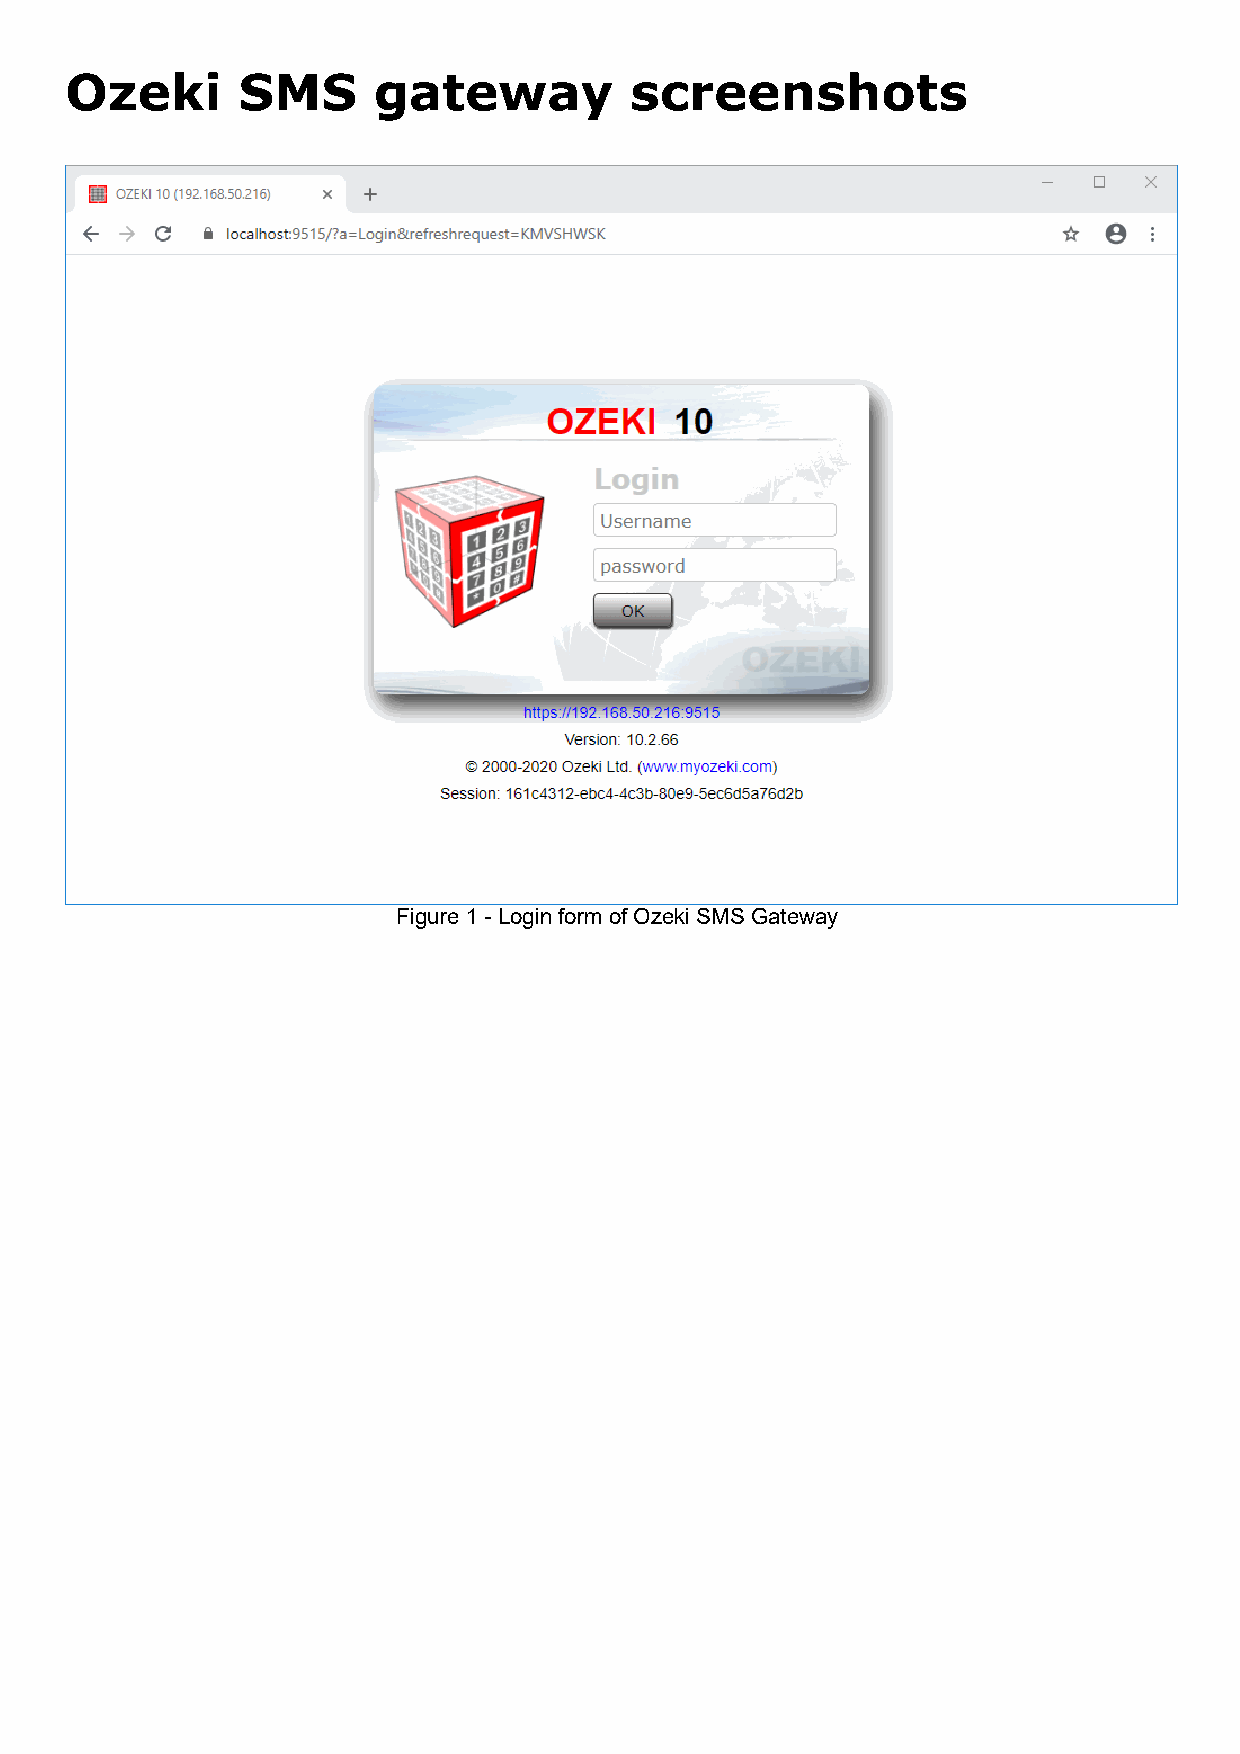
Ozeki       SMS      gateway          screenshots
 Figure 1 - Login form of Ozeki SMS Gateway